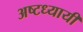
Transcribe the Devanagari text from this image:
अष्टध्यायी